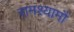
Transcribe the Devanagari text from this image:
रामश्यामौ